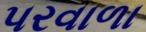
પરવાળા